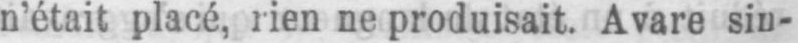
n’était placé, rien ne produisait. Avare sin-